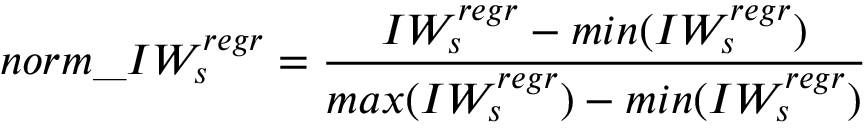
n o r m \_ I W _ { s } ^ { r e g r } = \frac { I W _ { s } ^ { r e g r } - m i n ( I W _ { s } ^ { r e g r } ) } { m a x ( I W _ { s } ^ { r e g r } ) - m i n ( I W _ { s } ^ { r e g r } ) }